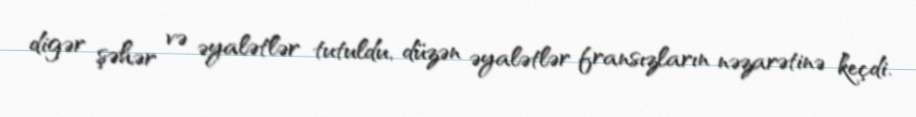
digər şəhər və əyalətlər tutuldu, düzən əyalətlər fransızların nəzarətinə keçdi.